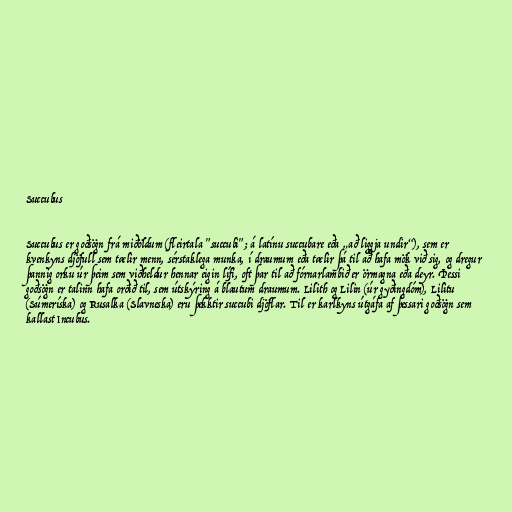
Succubus

Succubus er goðsögn frá miðöldum (fleirtala "succubi"; á latínu succubare eða „að liggja undir“), sem er
kvenkyns djöfull sem tælir menn, sérstaklega munka, í draumum eða tælir þá til að hafa mök við sig, og dregur
þannig orku úr þeim sem viðheldur hennar eigin lífi, oft þar til að fórnarlambið er örmagna eða deyr. Þessi
goðsögn er talinn hafa orðið til, sem útskýring á blautum draumum. Lilith og Lilin (úr gyðingdóm), Lilitu
(Súmeríska) og Rusalka (Slavneska) eru þekktir succubi djöflar. Til er karlkyns útgáfa af þessari goðsögn sem
kallast Incubus.